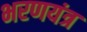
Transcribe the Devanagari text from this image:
भरणयंत्र